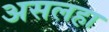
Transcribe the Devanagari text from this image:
असलहा